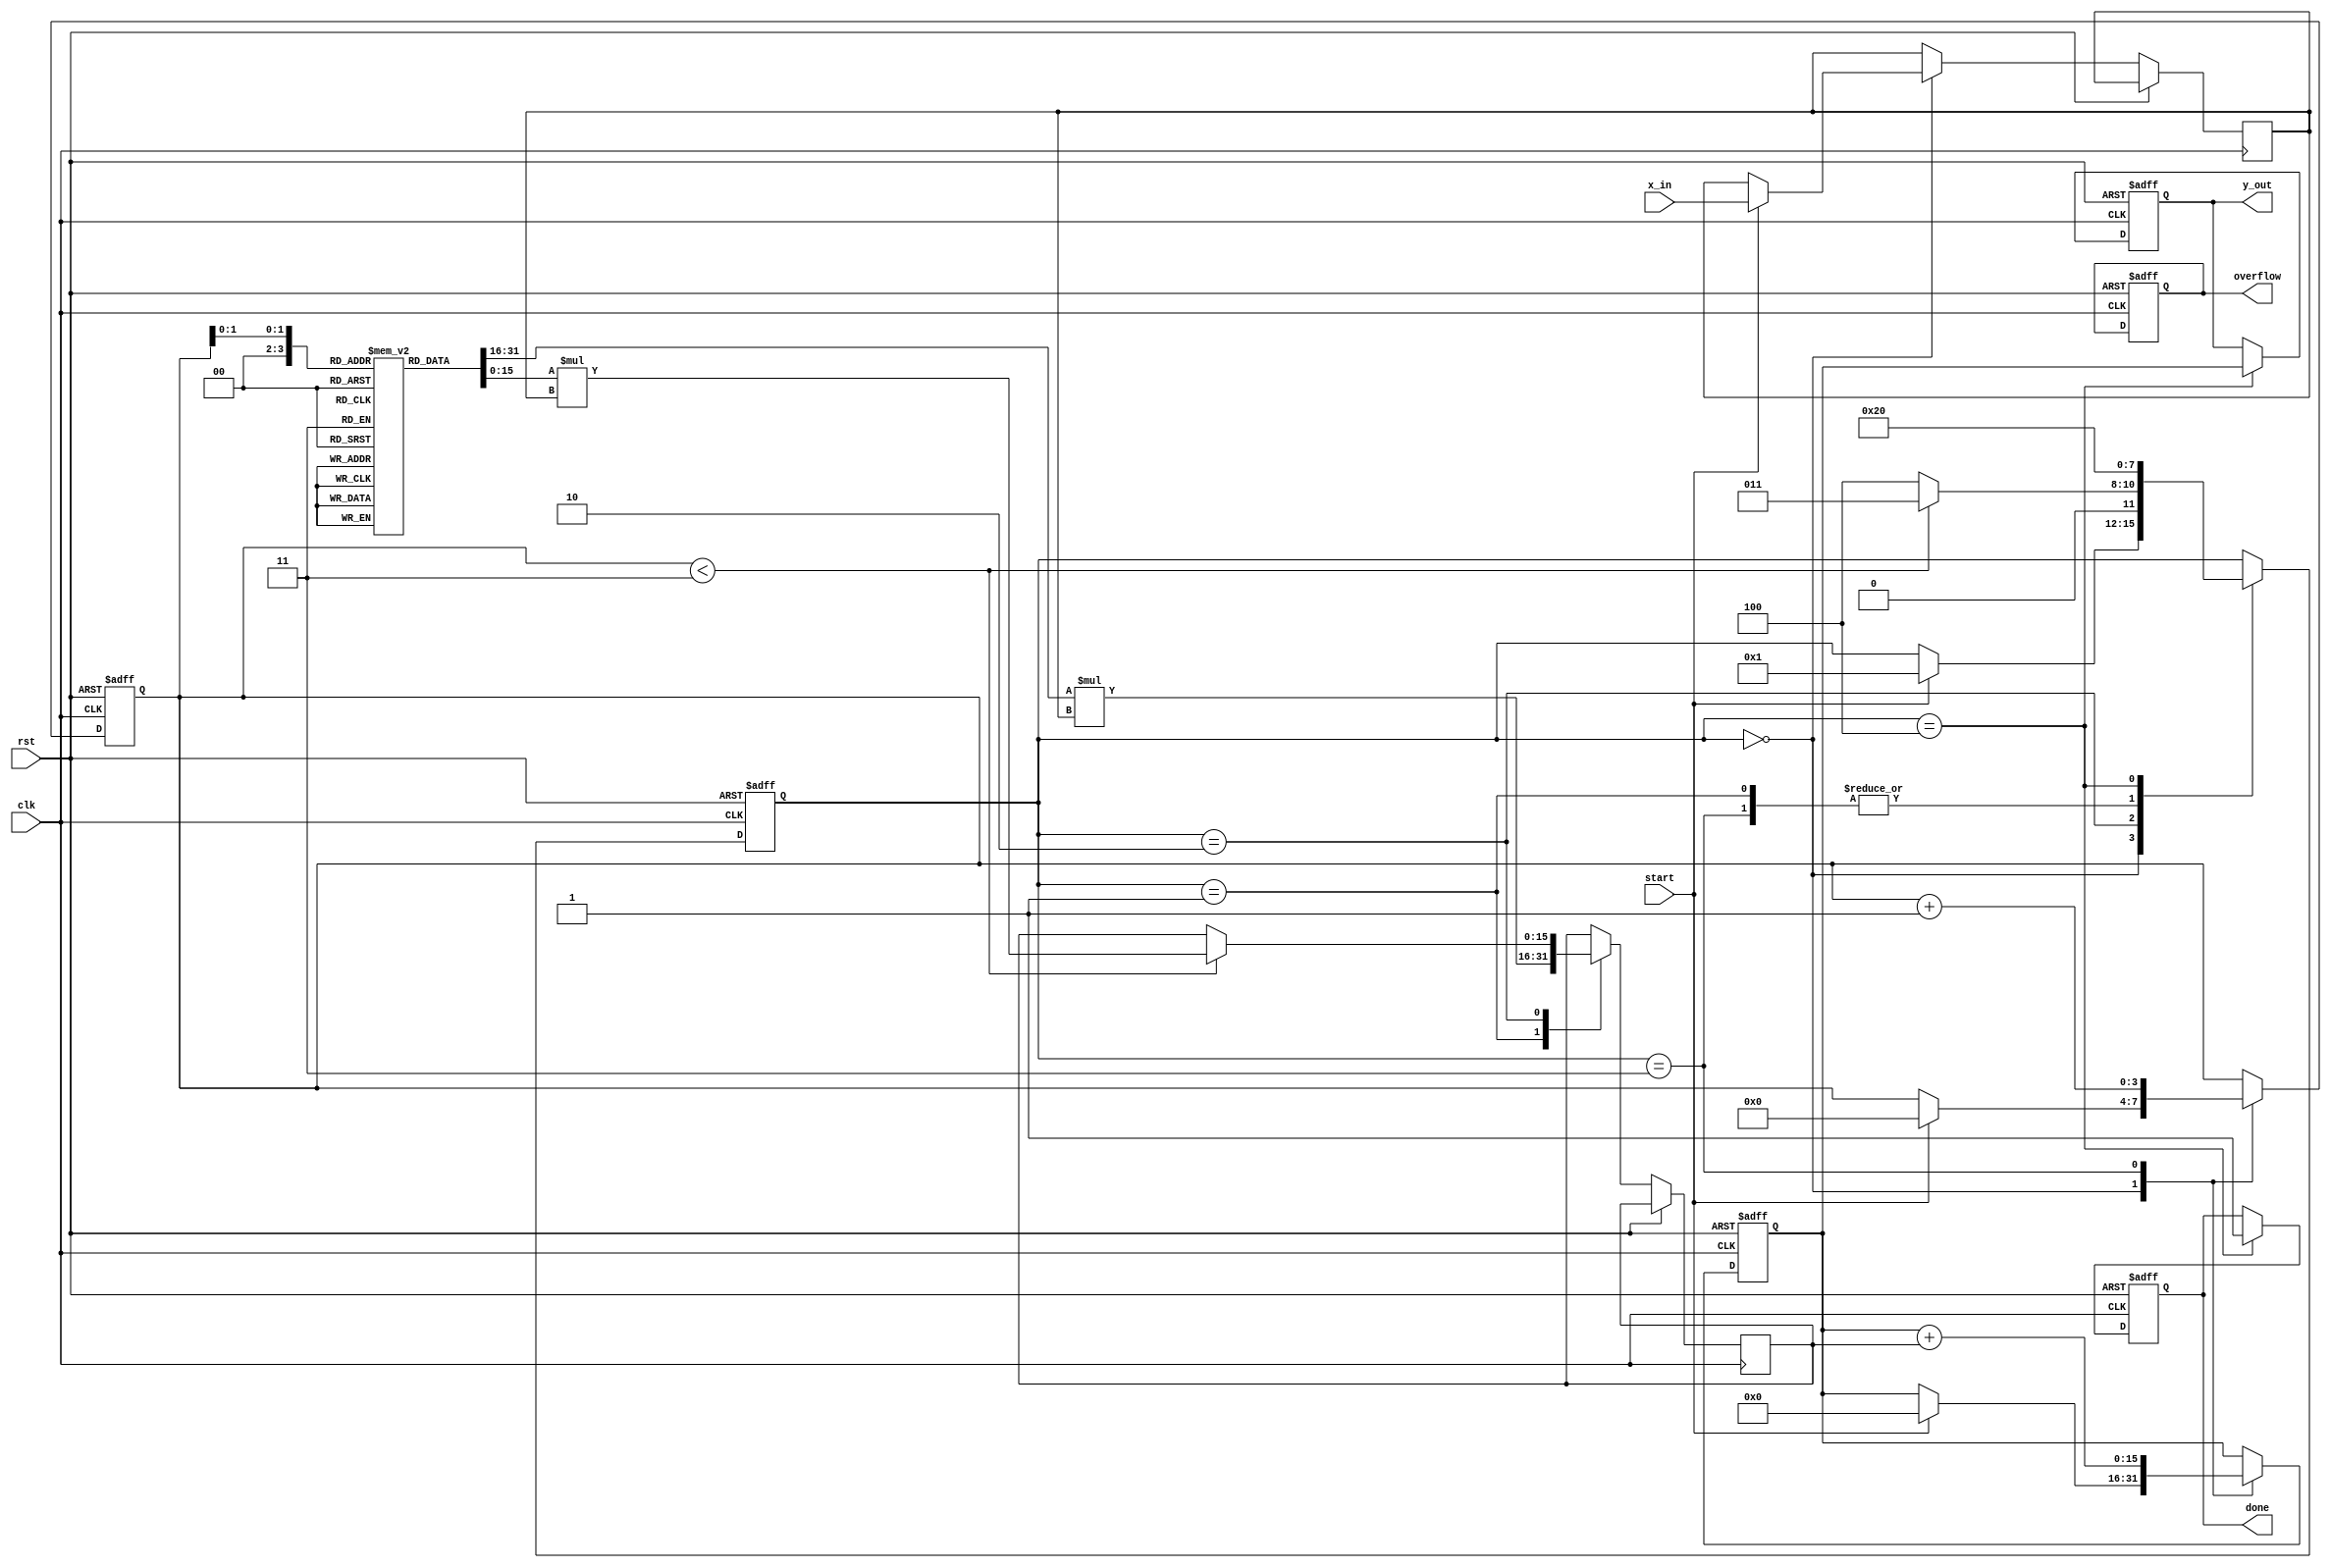
module cordic_polynomial_evaluator (
    input wire clk,
    input wire rst,
    input wire [15:0] x_in, // 16-bit fixed-point input
    input wire start,
    output reg [15:0] y_out, // 16-bit fixed-point output
    output reg done,
    output reg overflow
);
    // Coefficients for the polynomial, for example: a*x^2 + b*x + c
    reg [15:0] coeffs [0:2]; // Assuming a quadratic polynomial (degree 2)
    
    // Internal signals
    reg [15:0] x, y; // x and y for CORDIC iterations
    reg [15:0] acc; // Accumulator for results
    reg [3:0] state; // FSM state
    reg [3:0] iteration; // Iteration counter
    reg [15:0] term; // Current term being processed

    // States for FSM
    localparam IDLE = 4'd0,
               LOAD = 4'd1,
               CORDIC_ITERATE = 4'd2,
               ACCUMULATE = 4'd3,
               OUTPUT = 4'd4;

    // Initialize coefficients
    initial begin
        coeffs[0] = 16'h0001; // Coefficient for x^2
        coeffs[1] = 16'h0002; // Coefficient for x
        coeffs[2] = 16'h0003; // Constant term
    end

    // FSM for control logic
    always @(posedge clk or posedge rst) begin
        if (rst) begin
            state <= IDLE;
            y_out <= 16'b0;
            done <= 1'b0;
            overflow <= 1'b0;
            acc <= 16'b0;
            iteration <= 4'b0;
        end else begin
            case (state)
                IDLE: begin
                    if (start) begin
                        x <= x_in; // Load input
                        acc <= 16'b0; // Clear accumulator
                        iteration <= 4'b0; // Reset iteration
                        state <= LOAD;
                    end
                end
                LOAD: begin
                    // Load coefficients and prepare for iterations
                    term <= coeffs[0] * x; // Start with the first term
                    state <= CORDIC_ITERATE;
                end
                CORDIC_ITERATE: begin
                    // CORDIC iteration to compute current term
                    if (iteration < 3) begin
                        // Example of a simple shift-add operation
                        // For a full CORDIC implementation, you'd implement the rotation logic
                        term <= coeffs[iteration] * x; // Calculate each polynomial term
                        state <= ACCUMULATE;
                    end else begin
                        state <= OUTPUT;
                    end
                end
                ACCUMULATE: begin
                    acc <= acc + term; // Accumulate the result
                    iteration <= iteration + 1; // Increment iteration counter
                    state <= CORDIC_ITERATE; // Go back to iteration
                end
                OUTPUT: begin
                    y_out <= acc; // Output the accumulated result
                    done <= 1'b1; // Indicate completion
                    state <= IDLE; // Go back to idle state
                end
            endcase
        end
    end
endmodule